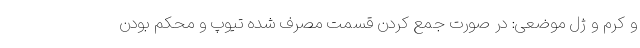
و کرم و ژل موضعی: در صورت جمع کردن قسمت مصرف شده تیوپ و محکم بودن